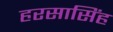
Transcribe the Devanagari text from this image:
हरसासिंह